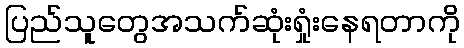
ပြည်သူတွေအသက်ဆုံးရှုံးနေရတာကို